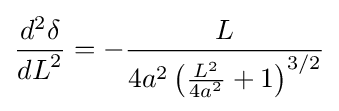
{\frac {d^{2}\delta }{{dL}^{2}}}=-{\frac {L}{4a^{2}\left({\frac {L^{2}}{4a^{2}}}+1\right)^{3/2}}}